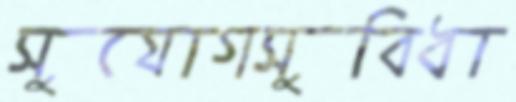
সুযোগসুবিধা